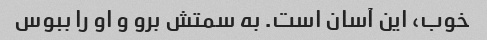
خوب، این آسان است. به سمتش برو و او را ببوس